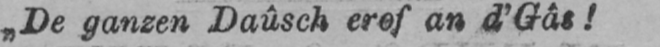
„De ganzen Daûsch erof an d’Gâs!